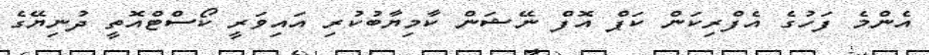
އެންމެ ފަހުގެ އެފްރިކަން ކަޕް އޮފް ނޭޝަން ކާމިޔާބުކުރި އައިވަރީ ކޯސްޓްއޮތީ ދުނިޔޭގެ